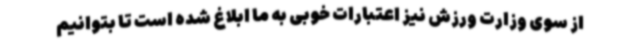
از سوی وزارت ورزش نیز اعتبارات خوبی به ما ابلاغ شده است تا بتوانیم